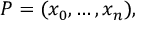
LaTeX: P = ( x _ { 0 } , \ldots , x _ { n } ) , \,